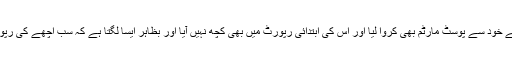
'پولیس نے خود سے پوسٹ مارٹم بھی کروا لیا اور اس کی ابتدائی رپورٹ میں بھی کچھ نہیں آیا اور بظاہر ایسا لگتا ہے کہ سب اچھے کی رپورٹ ہے۔